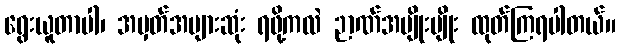
ရွေးယူတာပါ၊ အမှတ်အများဆုံး ရဖို့ကလဲ ဉာဏ်အမျိုးမျိုး ထုတ်ကြရပါတယ်။